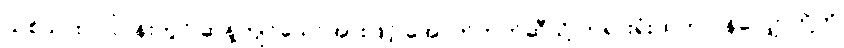
သစ်သားလုပ်ငန်းတွင် ဆန့်ကျင်သောအားဖြင့် အောက်ဘက်ဆီသို့ တရားရုံးထဲက ဂုန်လျှော်တို့ကို